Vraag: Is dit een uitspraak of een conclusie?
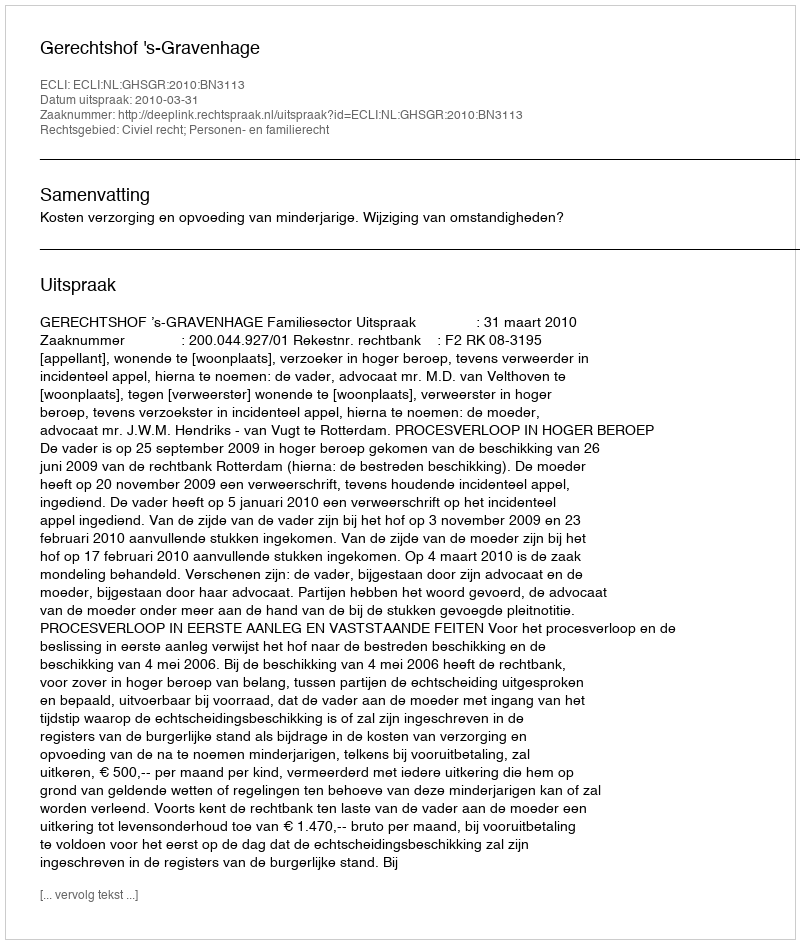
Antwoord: Uitspraak